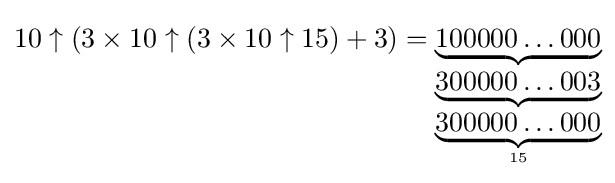
10\uparrow (3\times 10\uparrow (3\times 10\uparrow 15)+3)=\underbrace {100000\ldots 000} _{\underbrace {300000\ldots 003} _{\underbrace {300000\ldots 000} _{15}}}